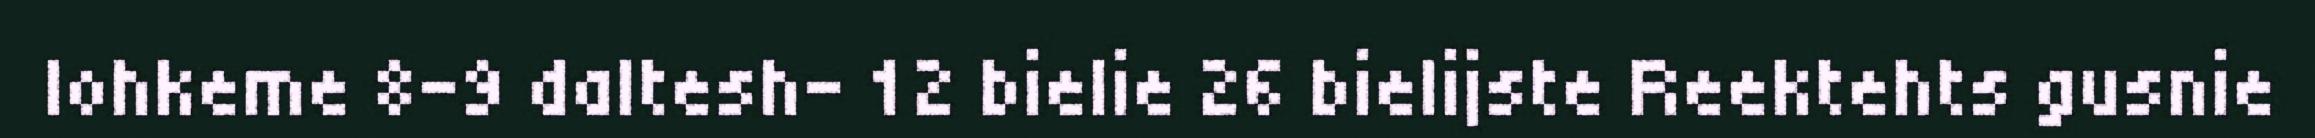
lohkeme 8-9 daltesh– 12 bielie 26 bielijste Reektehts gusnie